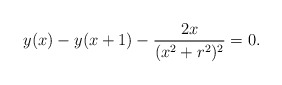
\begin{align*}y(x)-y(x+1)-\frac{2x}{(x^2+r^2)^2}=0.\end{align*}